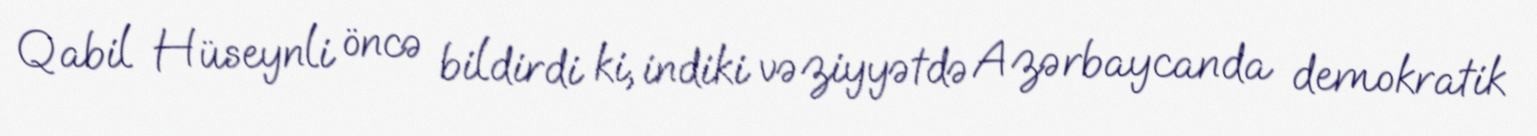
Qabil Hüseynli öncə bildirdi ki, indiki vəziyyətdə Azərbaycanda demokratik